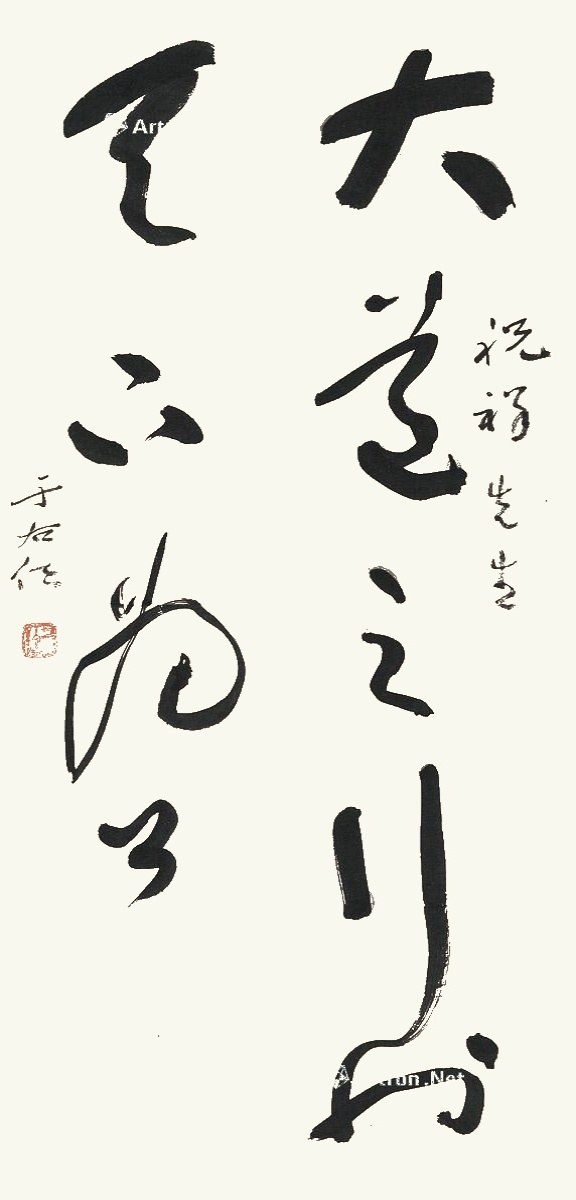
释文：大道之行也，天下为公。祝祥先生，于右任。